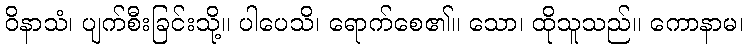
ဝိနာသံ၊ ပျက်စီးခြင်းသို့။ ပါပေသိ၊ ရောက်စေ၏။ သော၊ ထိုသူသည်။ ကောနာမ၊